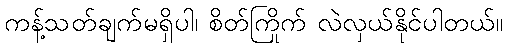
ကန့်သတ်ချက်မရှိပါ၊ စိတ်ကြိုက် လဲလှယ်နိုင်ပါတယ်။